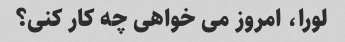
لورا، امروز می خواهی چه کار کنی؟